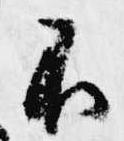
不